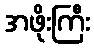
အဖိုးကြီး